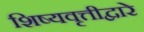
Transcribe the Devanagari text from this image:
शिष्यवृत्तीद्वारे